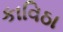
કાવિઠા